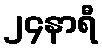
၂၄နာရီ